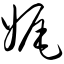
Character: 娓